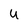
Character: U